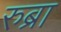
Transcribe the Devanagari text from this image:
रुब्रा